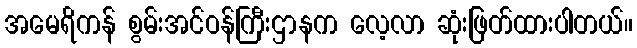
အမေရိကန် စွမ်းအင်ဝန်ကြီးဌာနက လေ့လာ ဆုံးဖြတ်ထားပါတယ်။